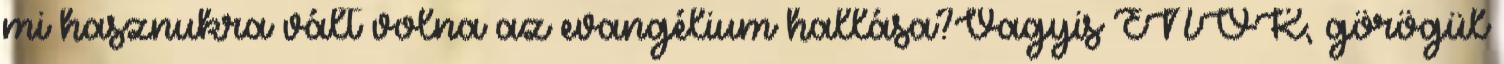
mi hasznukra vált volna az evangélium hallása?Vagyis ÉNOK, görögül